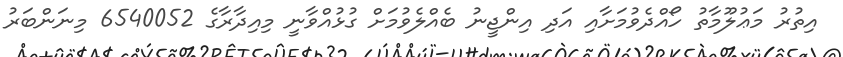
އިތުރު މަޢުލޫމާތު ހޯއްދެވުމަށާއި އަދި އިންޖީނު ބެއްލެވުމަށް ގުޅުއްވާނީ މިއިދާރާގެ 6540052 މިނަންބަރު